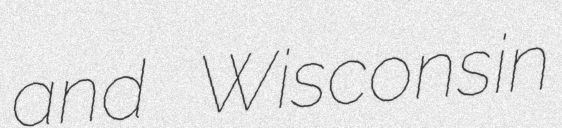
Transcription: and Wisconsin